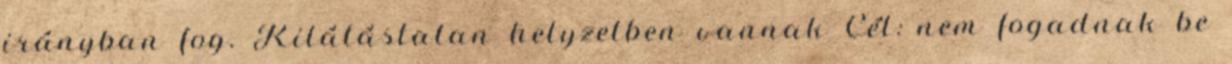
irányban fog. Kilátástalan helyzetben vannak Cél: nem fogadnak be